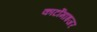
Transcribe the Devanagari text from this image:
कार्टोमाइजर